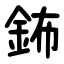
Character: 鈽